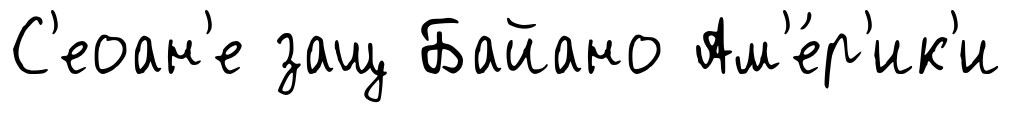
С'еоан'е защ Байано Ам'е́р'ик'и